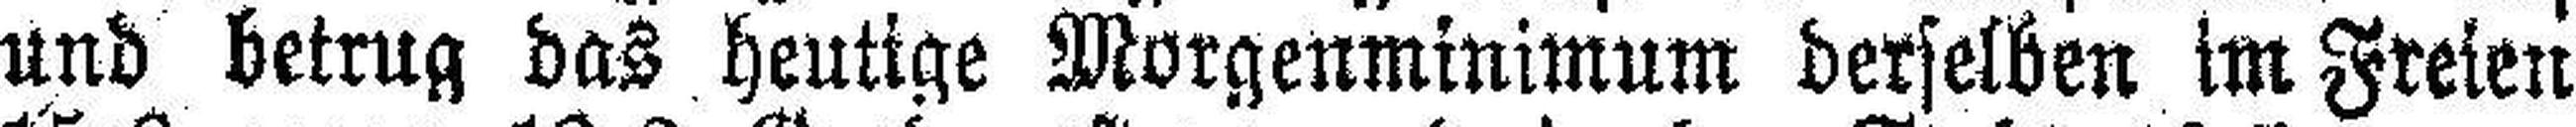
und betrug das heutige Morgenminimum derselben im Freien